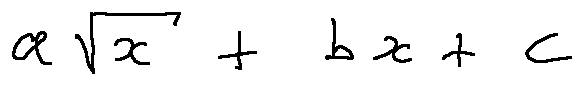
a \sqrt { x } + b x + c